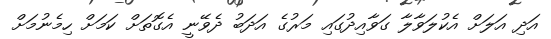
އަދި އަލަށް އެކުލަވާލާ ގަވާއިދުގައި މަރުގެ އަދަބު ދެވޭނީ އެގޮތަށް ކަމަށް ހިމެނުމަށް